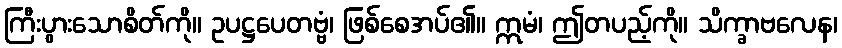
ကြီးပွားသောစိတ်ကို။ ဥပဋ္ဌပေတဗ္ဗံ၊ ဖြစ်စေအပ်၏။ ဣမံ၊ ဤတပည့်ကို။ သိက္ခာဗလေန၊